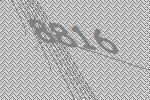
8816